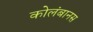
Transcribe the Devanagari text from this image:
कोलंबानस